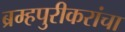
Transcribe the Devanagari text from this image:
ब्रम्हपुरीकरांचा